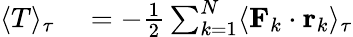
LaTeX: \begin{array}{rl}{\langle T\rangle_{\tau}}&{{}=-{\frac{1}{2}}\sum_{k=1}^{N}\langle\mathbf{F}_{k}\cdot\mathbf{r}_{k}\rangle_{\tau}}\end{array}